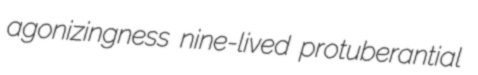
agonizingness nine-lived protuberantial